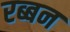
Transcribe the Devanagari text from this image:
रब्बन